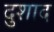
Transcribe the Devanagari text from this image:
दुशाद